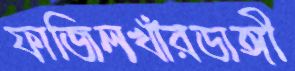
ফাজিলখাঁরডাঙ্গী